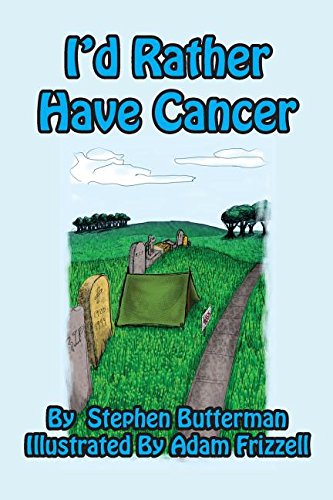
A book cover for I'd Rather Have Cancer; Stephen Butterman; Health, Fitness & Dieting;